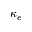
\kappa _ { e }